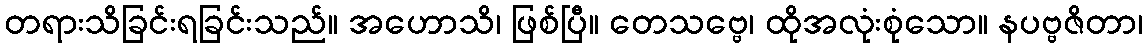
တရားသိခြင်းရခြင်းသည်။ အဟောသိ၊ ဖြစ်ပြီ။ တေသဗ္ဗေ၊ ထိုအလုံးစုံသော။ နပဗ္ဗဇိတာ၊